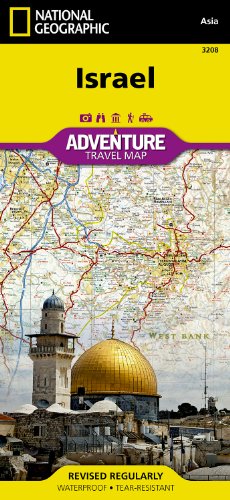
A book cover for Israel (National Geographic Adventure Map); National Geographic Maps - Adventure; Travel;